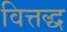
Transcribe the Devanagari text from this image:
वित्तद्ध